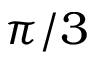
\pi / 3